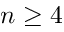
n \geq 4